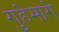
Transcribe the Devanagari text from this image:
गुहेमागे